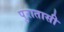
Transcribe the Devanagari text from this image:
पुरातासी